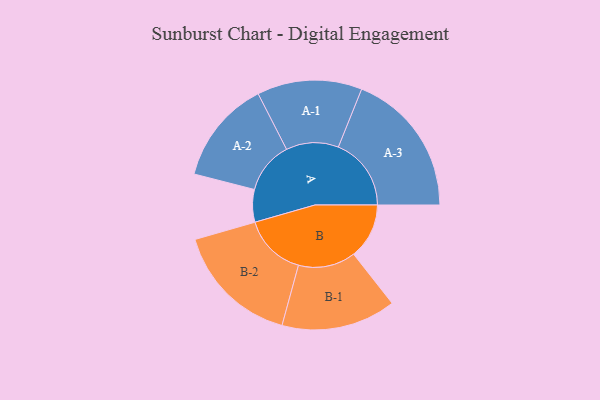
{"axis": {"x": "Segment", "y": "Value"}, "legend": ["", "A", "B"], "data": [{"x": "A", "y": 129, "type": ""}, {"x": "B", "y": 220, "type": ""}, {"x": "A-1", "y": 208, "type": "A"}, {"x": "A-2", "y": 206, "type": "A"}, {"x": "A-3", "y": 289, "type": "A"}, {"x": "B-1", "y": 227, "type": "B"}, {"x": "B-2", "y": 249, "type": "B"}]}